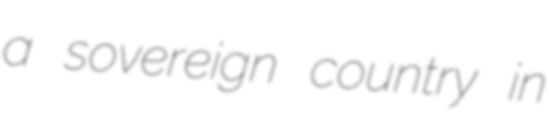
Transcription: a sovereign country in